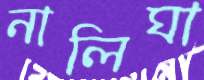
নালিঘা